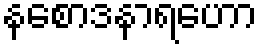
နစောဒနာရဟော